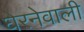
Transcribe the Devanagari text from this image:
घेरनेवाली